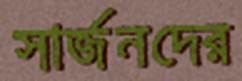
সার্জনদের